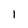
Character: I